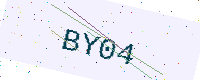
Text: BY04